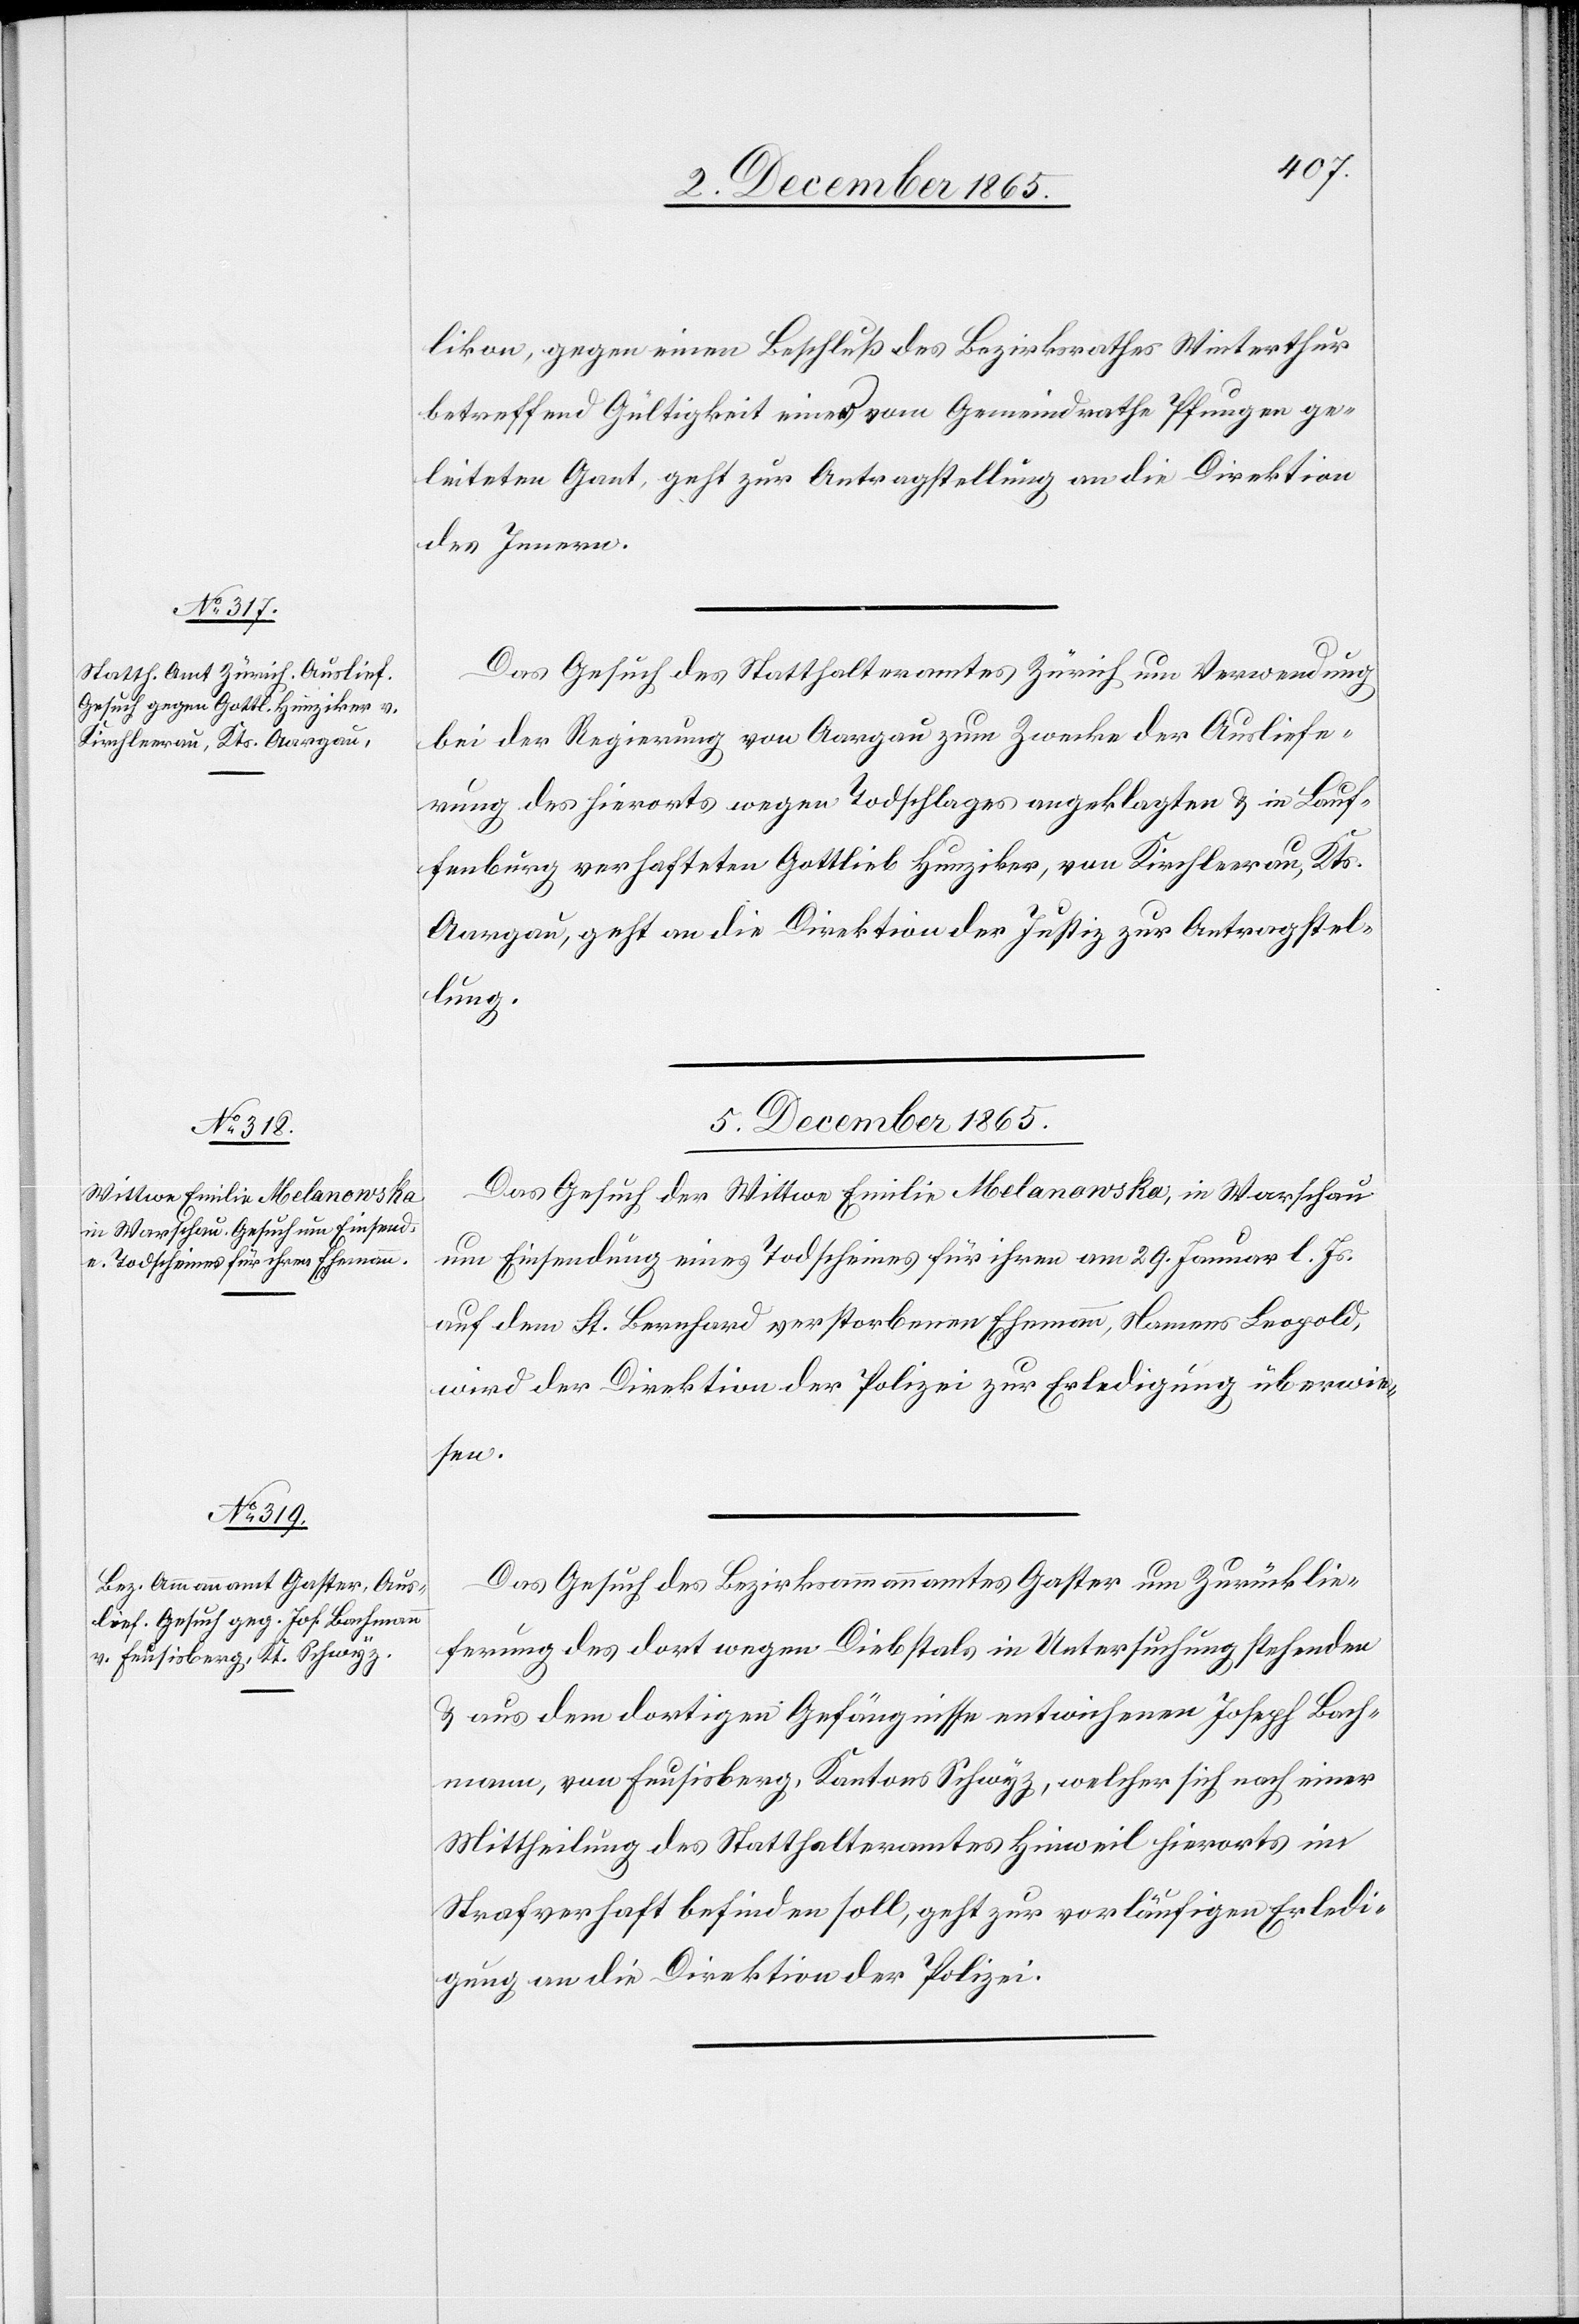
v. 4.

likon, gegen einen Beschluß des Bezirksrathes Winterthur
betreffend Gültigkeit einer vom Gemeindrathe Pfungen ge¬
leisteten Gant, geht zur Antragstellung an die Direktion
des Innern.
Das Gesuch des Statthalteramtes Zürich um Verwendung
bei der Regierung von Aargau zum Zwecke der Ausliefe¬
rung des hierorts wegen Todschlages angeklagten & in Lauf¬
enburg verhafteten Gottlieb Hunziker, von Kirchleerau, Kts.
Aargau, geht an die Direktion der Justiz zur Antragstel¬
lung.
5. December 1865.]
Das Gesuch der Wittwe Emilie Melanowska, in Warschau
um Einsendung eines Todscheines für ihren am 29. Januar l. Js.
auf dem St. Bernhard verstorbenen Ehemann, Namens Leopold,
wird der Direktion der Polizei zur Erledigung überwie¬
sen.
Das Gesuch des Bezirksammannamtes Gaster um Zurücklie¬
ferung des dort wegen Diebstals in Untersuchung stehenden
& aus dem dortigen Gefängnisse entwichenen Joseph Bach¬
mann, von Feusisberg, Kantons Schwyz, welcher sich nach einer
Mittheilung des Statthalteramtes Hinweil hierorts im
Strafverhaft befinden soll, geht zur vorläufigen Erledi¬
gung an die Direktion der Polizei.